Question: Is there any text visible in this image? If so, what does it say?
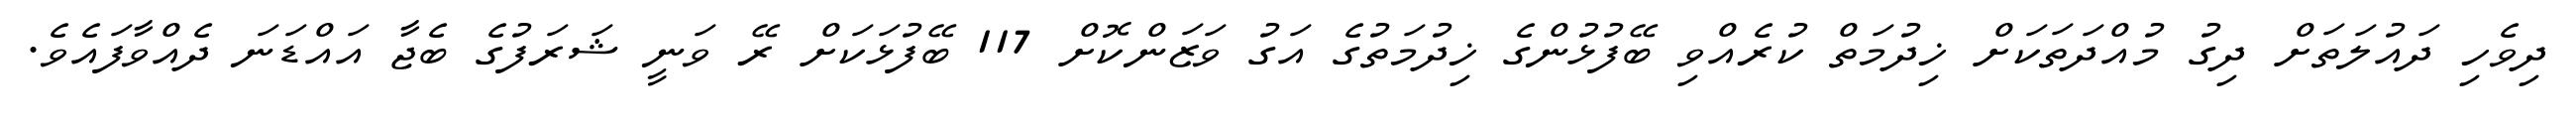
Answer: ދިވެހި ދައުލަތަށް ދިގު މުއްދަތަކަށް ޚިދުމަތް ކުރެއްވި ބޭފުޅުންގެ ޚިދުމަތުގެ އަގު ވަޒަންކޮށް 117 ބޭފުޅަކަށް ރޭ ވަނީ ޝަރަފުގެ ބެޖާ އައްޑަނަ ދެއްވާފައެވެ.